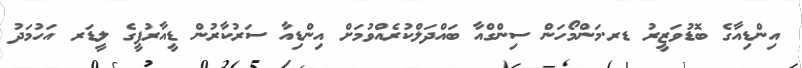
އިންޑިއާގެ ބޮޑުވަޒީރު ޑރ.މަންމޯހަން ސިންގްއާ ބައްދަލްކުރެއްވުމަށް އިންޑިއާ ސަރުކާރުން ޑީއާރުޕީގެ ލީޑަރ އަހުމަދު